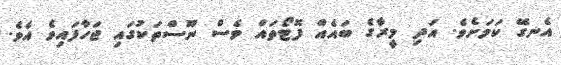
އެނގޭ ކަމަށެވެ. އަދި މީރާގެ ބައެއް ފޮޓޯތައް ވެސް ނޫސްތަކުގައި ޖަހާފައިވެ އެވެ.